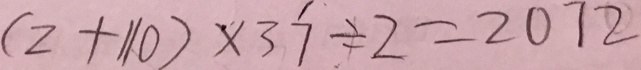
( 2 + 1 1 0 ) \times 3 7 \div 2 = 2 0 7 2